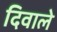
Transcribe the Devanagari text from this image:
दिवाले